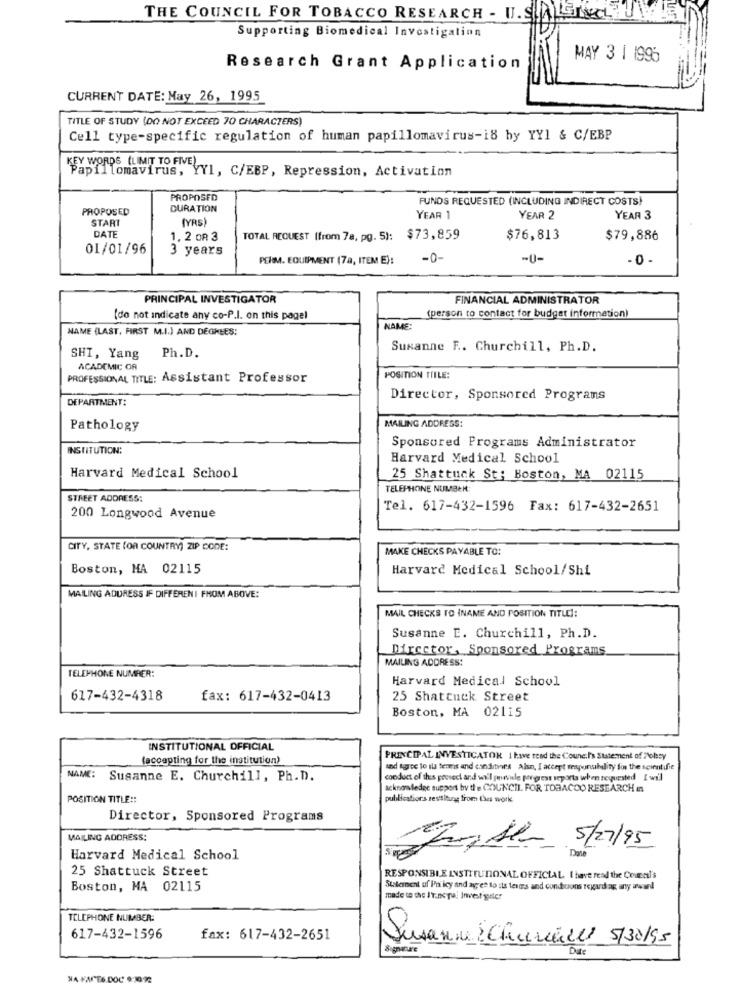
THE COUNCIL FOR TOBACCO RESEARCH - U. SALGIN
Supporting Biomedical Investigation
MAY 3 1 1996
Research Grant Application
CURRENT DATE: May 26, 1995
TITLE OF STUDY (DO NOT EXCEED 70 CHARACTERS)
Cell type-specific regulation of human papillomavirus-18 by YY1 & C/EBP
Y WORDS (LIMIT TO FIVE),
Papillomavirus, YYI, C/EBP, Repression, Activation
PROPOSED
FUNDS REQUESTED (INCLUDING INDIRECT COSTS)
PROPOSED
DURATION
START
(YRS)
YEAR 1
YEAR 2
YEAR 3
DATE
1, 2 OR 3
TOTAL REQUEST (from 7a, pg. 5): $73,859
$76,813
$79,886
01/01/96
3 years
PERM. EQUIPMENT (7a, ITEM E):
-0-
-U-
- 0 -
PRINCIPAL INVESTIGATOR
FINANCIAL ADMINISTRATOR
(do not indicate any co-P.I. on this pagel
(person to contact for budget information)
NAME (LAST, FIRST M.I.) AND DEGHEES:
NAME:
Susanne F .. Churchill, Ph.D.
SHI, Yang
Ph.D.
ACADEMIC OR
PROFESSIONAL TITLE: Assistant Professor
POSITION TIILE:
DEPARTMENT:
Director, Sponsored Programs
Pathology
MAILING ADDRESS:
Sponsored Programs Administrator
INSTITUTION:
Harvard Medical School
Harvard Medical School
25 Shattuck St: Boston, MA 02115
TELEPHONE NUMBER:
STREET ADDRESS:
Tel. 617-432-1596 Fax: 617-432-2651
200 Longwood Avenue
CITY, STATE (OR COUNTRY) ZIP CODE:
MAKE CHECKS PAYABLE TO:
Boston, MA 02115
Harvard Medical School/Shi
MAILING ADURESS IF DIFFERENT FROM ABOVE:
MAIL CHECKS TO (NAME AND POSITION TITLE]:
Susanne E. Churchill, Ph.D.
Director, Sponsored Programs
MAILING ADDRESS:
TELEPHONE NUMBER:
Harvard Medical School
617-432-4318
fax: 617-432-0413
25 Shattuck Street
Boston, MA 02115
INSTITUTIONAL OFFICIAL
(accepting for the institution)
PRINCIPAL INVESTIGATOR 1 have tend the Counc.P's Statement of Polesy
and agree to ila teams and cinditer's Alsn, I accept responsibility for the scientific
NAME:
Susanne E. Churchill, Ph. D.
conduct of thes protect and will prevale pigrest reports when requested I will
Acknowledge support bydle COUNCIL. FOR TOBACCO RESEARCH In
POSITION TITLE ::
publications restituog from Les work
Director, Sponsored Programs
MAILING ADDRESS:
Those 5/7/95
Harvard Medical School
25 Shattuck Street
RESPONSIBLE INSTITUTIONAL OFFICIAL I have read the Coural's
Boston, MA 02115
Statement uf I'niicy and agree to als terms and conduons regard ag any award
made to the I'v.no pal Invest geler
TELEPHONE NUMBER:
617-432-1596
fax: 617-432-2651
Susanne Churacel 5/30/95
Dite
NA FARE6.DOC 9:072